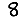
Digit: 8